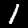
Digit: 1